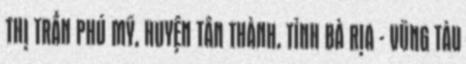
THỊ TRẤN PHÚ MỸ, HUYỆN TÂN THÀNH, TỈNH BÀ RỊA - VŨNG TÀU